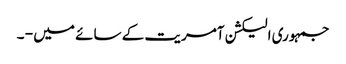
جمہوری الیکشن آمریت کے سائے میں - ۔